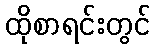
ထိုစာရင်းတွင်